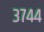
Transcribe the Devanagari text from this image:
३७४४